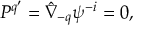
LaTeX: P ^ { q ^ { \prime } } = \hat { \nabla } _ { - q } \psi ^ { - i } = 0 ,